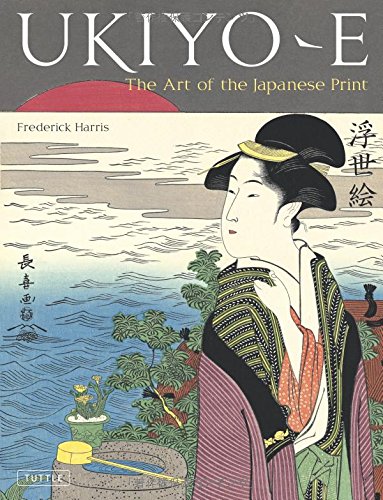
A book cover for Ukiyo-e: The Art of the Japanese Print; Frederick Harris; Arts & Photography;